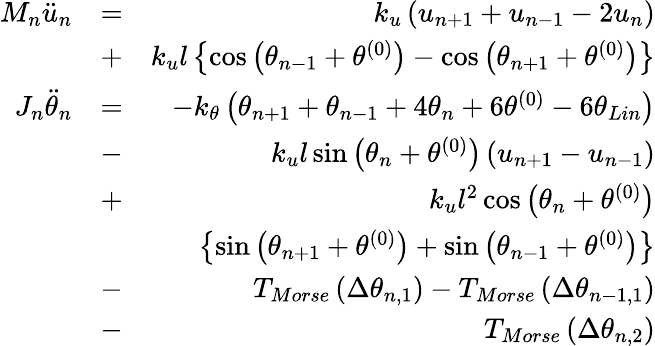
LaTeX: \begin{array}{rlr}{{{M}_{n}}{{\ddot{u}}_{n}}}&{=}&{{{k}_{u}}\left({{u}_{n+1}}+{{u}_{n-1}}-2{{u}_{n}}\right)}\\ &{+}&{{{k}_{u}}l\left\{ \cos\left({{\theta}_{n-1}}+{{\theta}^{(0)}}\right)-\cos\left({{\theta}_{n+1}}+{{\theta}^{(0)}}\right)\right\} }\\ {{{J}_{n}}{{\ddot{\theta}}_{n}}}&{=}&{-{{k}_{\theta}}\left({{\theta}_{n+1}}+{{\theta}_{n-1}}+4{{\theta}_{n}}+6{{\theta}^{(0)}}-6\theta_{Lin}\right)}\\ &{-}&{{{k}_{u}}l\sin\left({{\theta}_{n}}+{{\theta}^{(0)}}\right)\left({{u}_{n+1}}-{{u}_{n-1}}\right)}\\ &{+}&{{{k}_{u}}{{l}^{2}}\cos\left({{\theta}_{n}}+{{\theta}^{(0)}}\right)}\\ &{}&{\left\{ \sin\left({{\theta}_{n+1}}+{{\theta}^{(0)}}\right)+\sin\left({{\theta}_{n-1}}+{{\theta}^{(0)}}\right)\right\} }\\ &{-}&{{{T}_{Morse}}\left(\Delta{{\theta}_{n,1}}\right)-{{T}_{Morse}}\left(\Delta{{\theta}_{n-1,1}}\right)}\\ &{-}&{{{T}_{Morse}}\left(\Delta{{\theta}_{n,2}}\right)}\end{array}